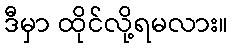
ဒီမှာ ထိုင်လို့ရမလား။